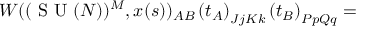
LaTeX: W ( ( \textrm { S U } ( N ) ) ^ { M } , x ( s ) ) _ { A B } \left( t _ { A } \right) _ { J j K k } \left( t _ { B } \right) _ { P p Q q } =